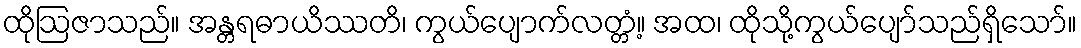
ထိုဩဇာသည်။ အန္တရဓာယိဿတိ၊ ကွယ်ပျောက်လတ္တံ့။ အထ၊ ထိုသို့ကွယ်ပျော်သည်ရှိသော်။